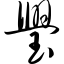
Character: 璺